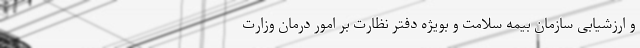
و ارزشیابی سازمان بیمه سلامت و بویژه دفتر نظارت بر امور درمان وزارت